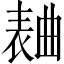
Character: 𣍅